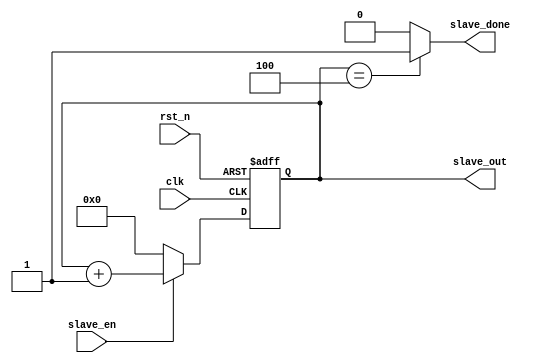

module slave_1(
 input              clk,
 input              rst_n,
 input              slave_en,
 output             slave_done,
 output reg [3:0]   slave_out
);
always @(posedge clk or negedge rst_n)
begin
 if (~rst_n)
  slave_out <= 0;
 else if (slave_en)
  slave_out <= slave_out + 1;
 else slave_out <= 0;
end
assign slave_done = (slave_out == 4) ? 1'b1 : 1'b0;
endmodule